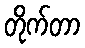
တိုက်တာ